Annual statistical returns and brief notes on vaccination in Bengal - 1909-1929
Year: 1909
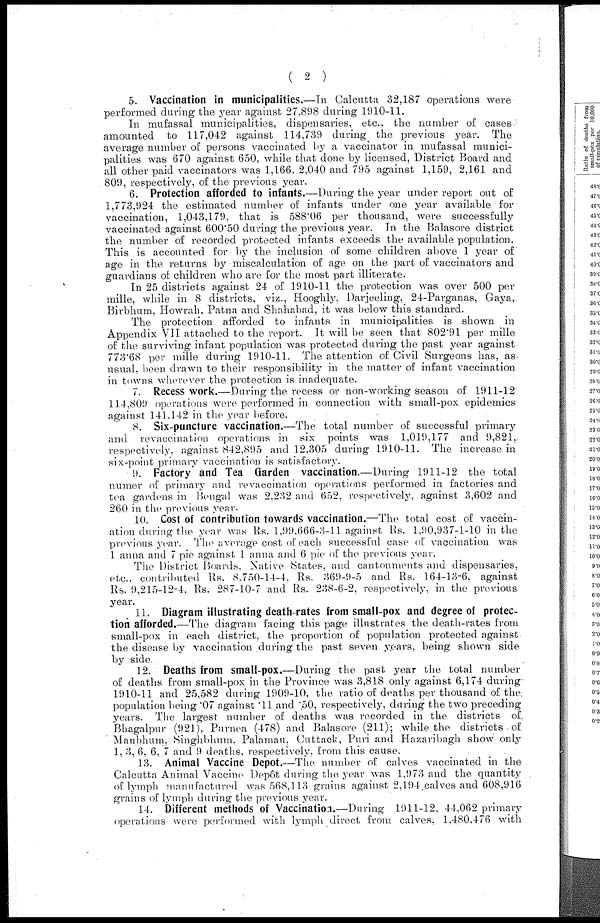
( 2 )
5. Vaccination in municipalities.—In Calcutta 32,187 operations were
performed during the year against 27,898 during 1910-11.
In mufassal municipalities, dispensaries, etc., the number of cases
amounted to 117,042 against 114,739 during the previous year. The
average number of persons vaccinated by a vaccinator in mufassal munici-
palities was 670 against 650, while that done by licensed, District Board and
all other paid vaccinators was 1,166. 2,040 and 795 against 1,159, 2,161 and
809, respectively, of the previous year.
6. Protection afforded to infants.—During the year under report out of
1,773,924 the estimated number of infants under one year available for
vaccination, 1,043,179, that is 588.06 per thousand, were successfully
vaccinated against 600.50 during the previous year. In the Balasore district
the number of recorded protected infants exceeds the available population.
This is accounted for by the inclusion of some children above 1 year of
age in the returns by miscalculation of age on the part of vaccinators and
guardians of children who are for the most part illiterate.
In 25 districts against 24 of 1910-11 the protection was over 500 per
mille, while in 8 districts, viz., Hooghly, Darjeeling, 24-Parganas, Gaya,
Birbhum, Howrah, Patna and Shahabad, it was below this standard.
The protection afforded to infants in municipalities is shown in
Appendix VII attached to the report. It will be seen that 802.91 per mille
of the surviving infant population was protected during the past year against
773.68 per mille during 1910-11. The attention of Civil Surgeons has, as
usual, been drawn to their responsibility in the matter of infant vaccination
in towns wherever the protection is inadequate.
7. Recess work.—During the recess or non-working season of 1911-12
114,809 operations were performed in connection with small-pox epidemics
against 141.142 in the year before.
8. Six-puncture vaccination.—The total number of successful primary
and revaccination operations in six points was 1,019,177 and 9,821,
respectively, against 842,895 and 12,305 during 1910-11. The increase in
six-point primary vaccination is satisfactory.
9. Factory and Tea Garden vaccination.—During 1911-12 the total
numer of primary and revaccination operations performed in factories and
tea gardens in Bengal was 2,232 and 652, respectively, against 3,602 and
260 in the previous year.
10. Cost of contribution towards vaccination.—The total cost of vaccin-
ation during the year was Rs. 1,99,666-3-11 against Rs. 1,90,937-1-10 in the
previous year. The average cost of each successful case of vaccination was
1 anna and 7 pie against 1 anna and 6 pie of the previous year.
The District Boards. Native States, and cantonments and dispensaries,
etc., contributed Rs. 8,750-14-4, Rs. 369-9-5 and Rs. 164-13-6, against
Rs. 9,215-12-4. Rs. 287-10-7 and Rs. 238-6-2, respectively, in the previous
year.
11. Diagram illustrating death-rates from small-pox and degree of protec-
tion afforded.—The diagram facing this page illustrates the death-rates from
small-pox in each district, the proportion of population protected against
the disease by vaccination during the past seven years, being shown side
by side.
12. Deaths from small-pox.—During the past year the total number
of deaths from small-pox in the Province was 3,818 only against 6,174 during
1910-11 and 25,582 during 1909-10, the ratio of deaths per thousand of the
population being .07 against .11 and .50, respectively, during the two preceding
years. The largest number of deaths was recorded in the districts of
Bhagalpur (921), Purnea (478) and Balasore (211); while the districts of
Manbhum, Singhbhum. Palamau, Cuttack, Puri and Hazaribagh show only
1, 3, 6, 6, 7 and 9 deaths, respectively, from this cause.
13. Animal Vaccine Depot.—The number of calves vaccinated in the
Calcutta Animal Vaccine Depôt during the year was 1,973 and the quantity
of lymph manufactured was 568,113 grains against 2,194 calves and 608,916
grains of lymph during the previous year.
14. Different methods of Vaccination.—During 1911-12. 44,062 primary
operations were performed with lymph direct from calves, 1,480,476 with